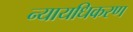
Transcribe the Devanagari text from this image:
न्‍यायधिकरण